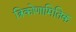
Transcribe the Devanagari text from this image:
त्रिकोणामितिक